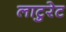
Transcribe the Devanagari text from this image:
लाटुरेट